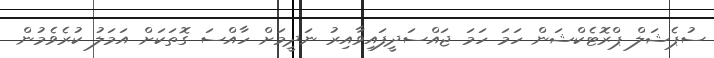
ސުޕެޝަލް ޕްރޮޓެކްޝަން ހަމަ ހަމަ ޖައްސަދީފައިވާއިރު ނަދީމަށް ހާއްސަ ގޮތަކަށް އަމަލު ކުރެވެމުން